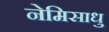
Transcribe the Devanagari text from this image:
नेमिसाधु